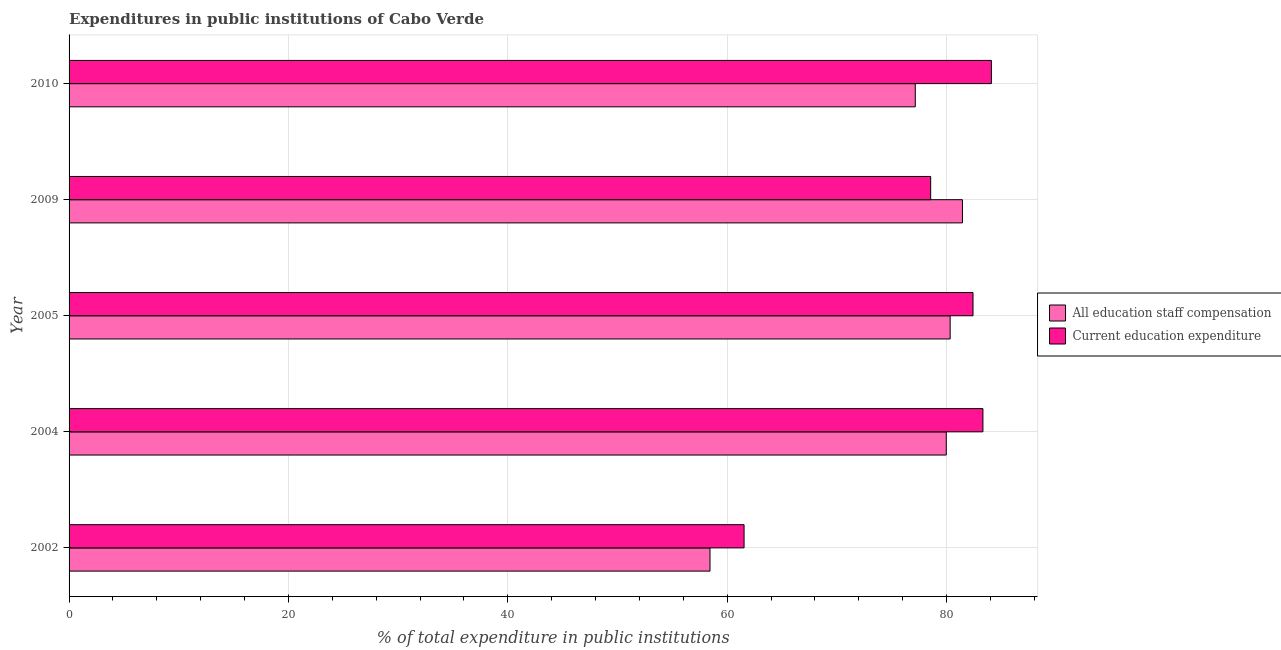
| Year | All education staff compensation | Current education expenditure |
 | --- | --- | --- |
 | 2002 | 58.4 | 61.5 |
 | 2004 | 80 | 83.3 |
 | 2005 | 80.3 | 82.4 |
 | 2009 | 81.4 | 78.6 |
 | 2010 | 77.1 | 84.1 |